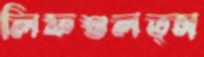
লিফশুলত্স